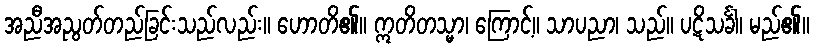
အညီအညွတ်တည်ခြင်းသည်လည်း။ ဟောတိ၏။ ဣတိတသ္မာ၊ ကြောင့်။ သာပညာ၊ သည်။ ပဋိသင်္ခါ၊ မည်၏။